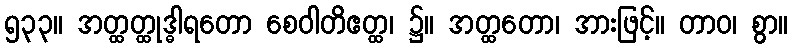
၅၃၃။ အတ္ထတ္ထုဒ္ဓါရတော စေဝါတိဧတ္ထ၊ ၌။ အတ္ထတော၊ အားဖြင့်။ တာဝ၊ စွာ။